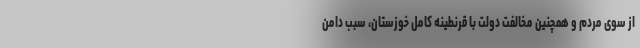
از سوی مردم و همچنین مخالفت دولت با قرنطینه کامل خوزستان، سبب دامن